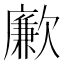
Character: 𣤤